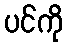
ပင်ကို